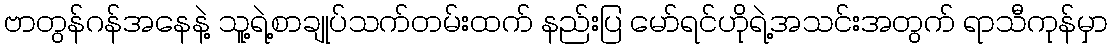
ဗာတွန်ဂန်အနေနဲ့ သူ့ရဲ့စာချုပ်သက်တမ်းထက် နည်းပြ မော်ရင်ဟိုရဲ့အသင်းအတွက် ရာသီကုန်မှာ